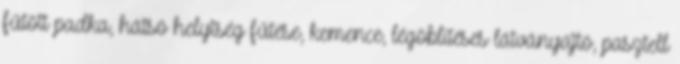
fűtött padka, hátsó helyiség fűtése, kemence, légöblítéses látványajtó, pasztell